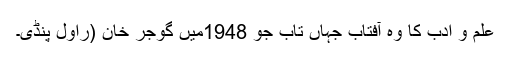
علم و ادب کا وہ آفتاب جہاں تاب جو 1948میں گوجر خان (راول پنڈی۔